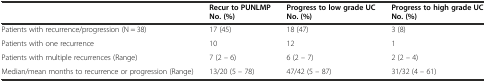
|  | Recur to PUNLMP No. (%) | Progress to low grade UC No. (%) | Progress to high grade UC No. (%) |
 | --- | --- | --- | --- |
 | Patients with recurrence/progression (N = 38) | 17 (45) | 18 (47) | 3 (8) |
 | Patients with one recurrence | 10 | 12 | 1 |
 | Patients with multiple recurrences (Range) | 7 (2 – 6) | 6 (2 – 7) | 2 (2 – 4) |
 | Median/mean months to recurrence or progression (Range) | 13/20 (5 – 78) | 47/42 (5 – 87) | 31/32 (4 – 61) |